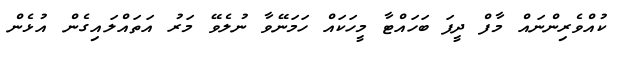
ކުއްވެރިންނައް މާފް ދީފަ ބަހައްޓާ މީހަކައް ހަމަނޭވާ ނުލެވޭ މަރު އަތައްލައިގެން އުޅެން